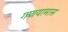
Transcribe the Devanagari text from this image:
गणयामास